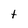
Character: t